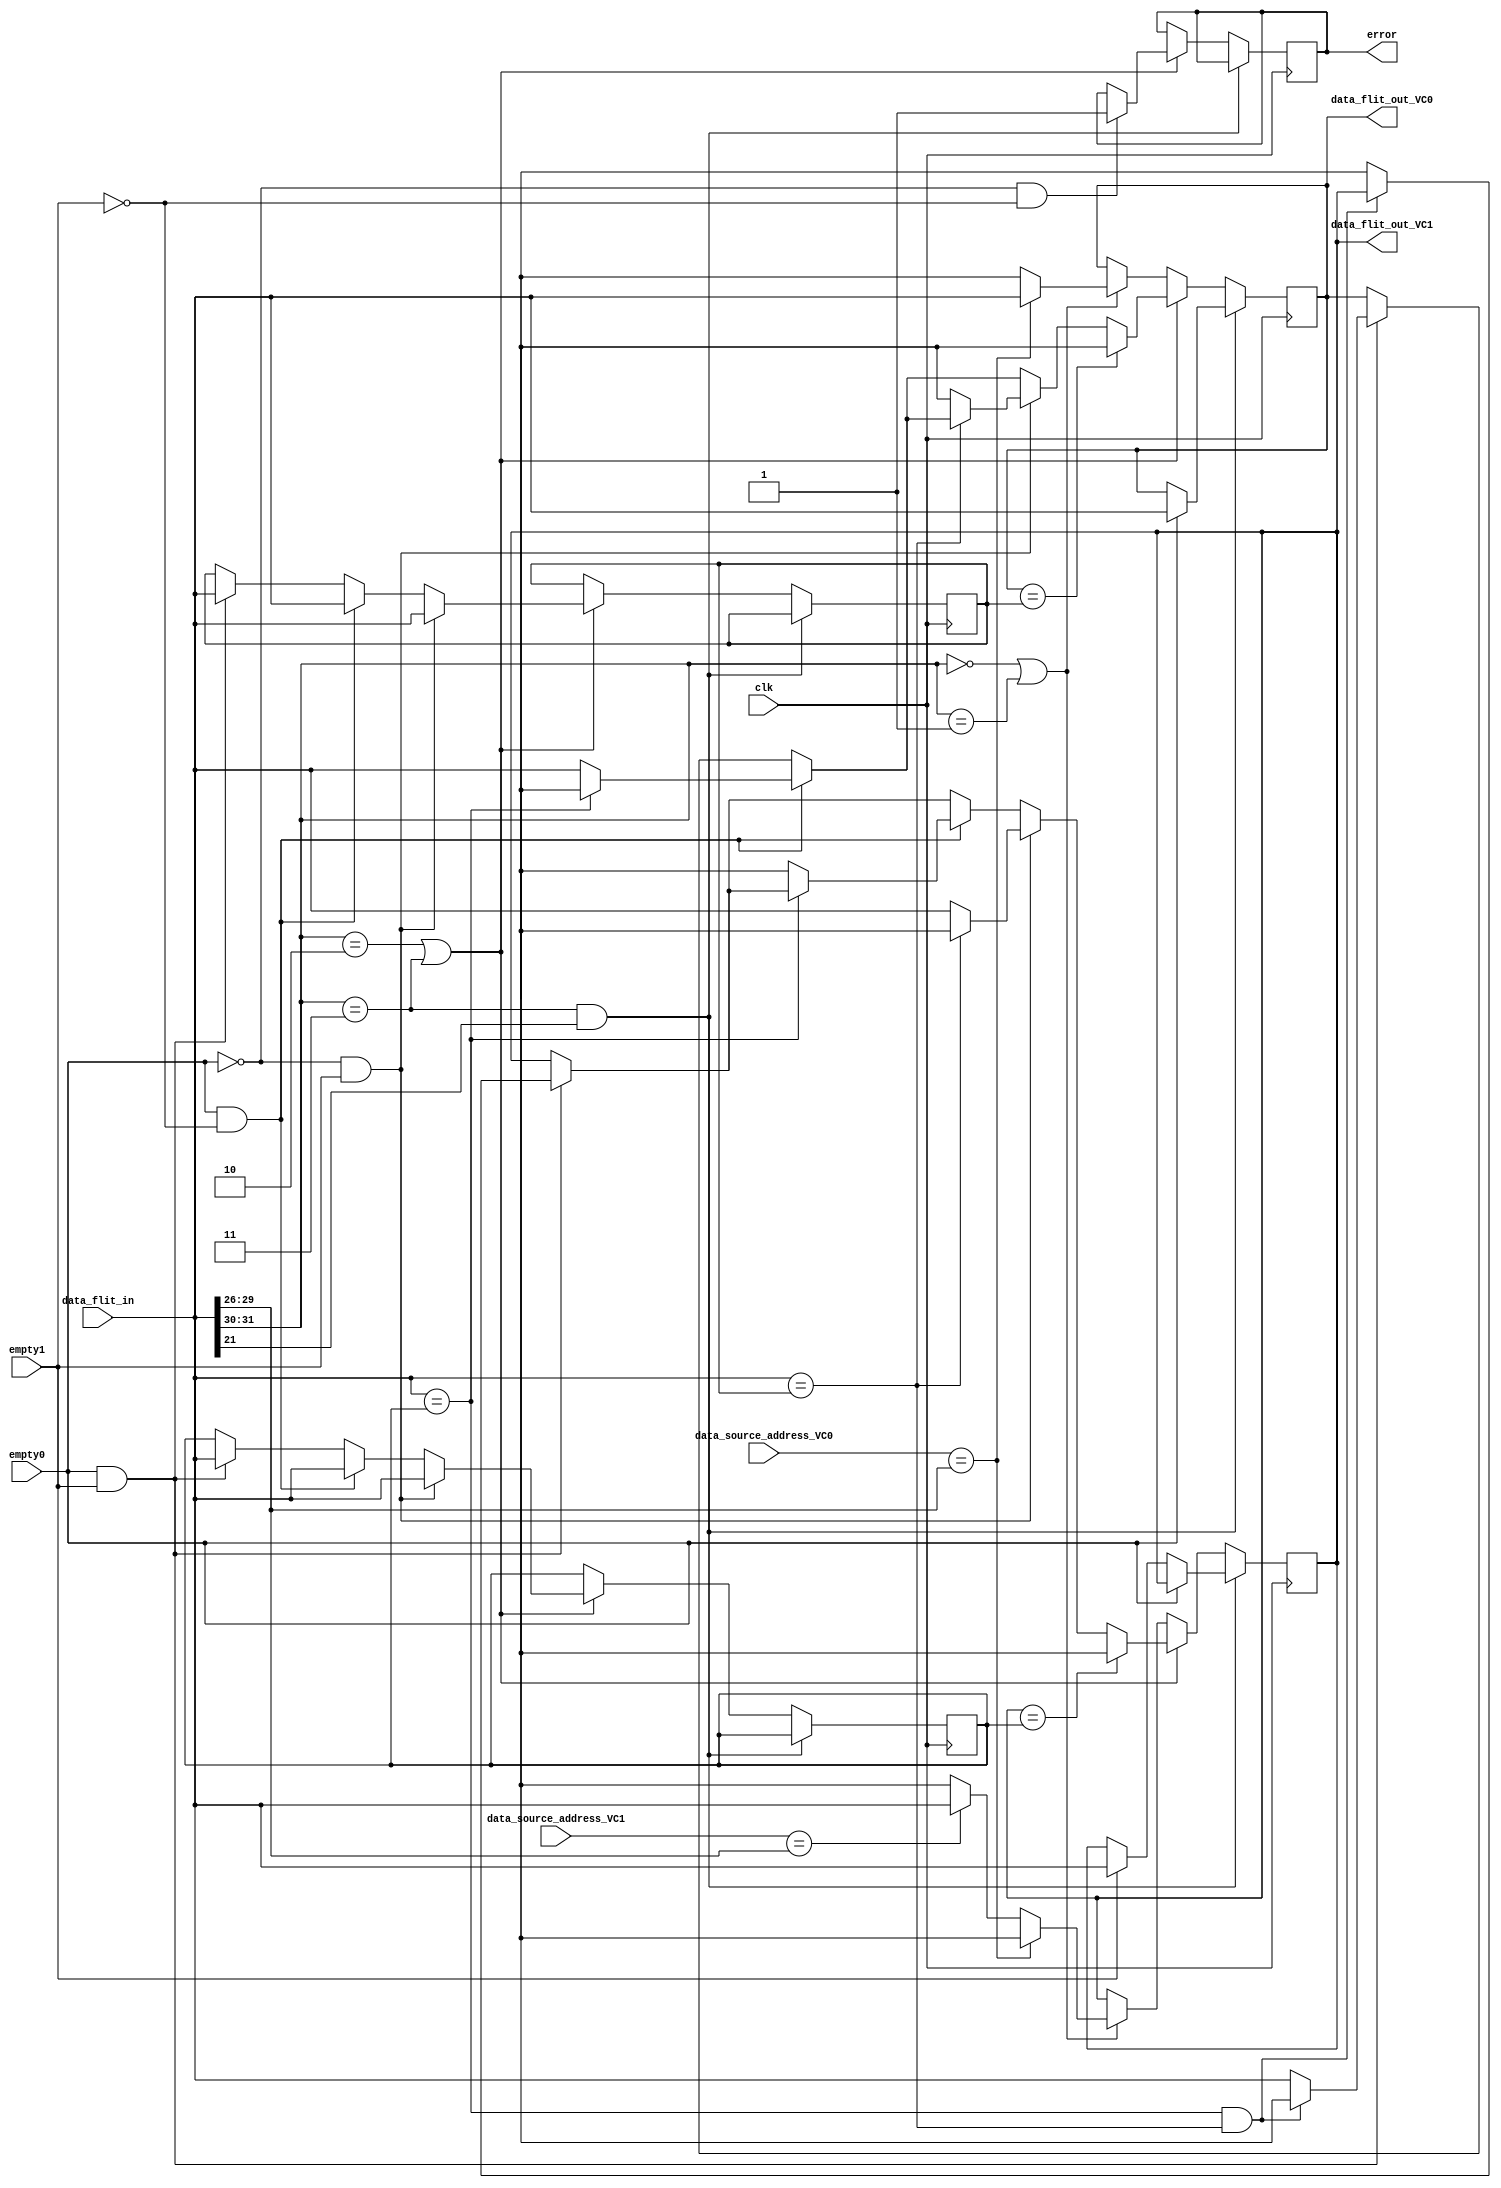
module VA_DoAn2 (data_flit_in,data_source_address_VC0,data_source_address_VC1,data_flit_out_VC0,data_flit_out_VC1,empty0,empty1,clk,error);
/////////Khai bao param bit 
///Type
//Header: 10 
//Body: 00
//Tail: 01
//Header+tail: 11
////////
parameter bit_of_flit = 32;
parameter bit_of_address = 4;
////////Input va Output
input [bit_of_flit - 1:0] data_flit_in;
input [bit_of_address - 1 :0] data_source_address_VC0,data_source_address_VC1;
input empty0,empty1,clk;
output reg [bit_of_flit - 1:0] data_flit_out_VC0, data_flit_out_VC1;
output reg error;
////Type
wire [1:0] typeFlit;
////Address of filt
wire[3:0] address_source;
assign address_source = data_flit_in[29:26];
assign typeFlit = data_flit_in[31:30];
/////////////
///Type
//Header: 10 
//Body: 00
//Tail: 01
//Header+tail: 11
////////////
reg [31:0] temp0;
reg [31:0] temp1;

///////////
always @(negedge clk) begin
//    if(data_flit_in != 32'b0) begin
      if(typeFlit == 2'b11 && data_flit_in[21] == 1'b1) begin
            if(empty0)
                data_flit_out_VC0 <= data_flit_in;
            else if(empty1)
                data_flit_out_VC1 <= data_flit_in;  
                  
      end
      else if (typeFlit == 2'b10 || typeFlit ==  2'b11)begin
	   // temp0<=data_flit_out_VC0;
		// temp1<=data_flit_out_VC1;
		//////////////////////////////////// 
		 if(empty0==1 && empty1==1) begin             
             if(data_flit_in==temp1 && data_flit_in==temp0) begin
                data_flit_out_VC0<=32'bx;
                 temp0<=data_flit_in;
                 temp1<=data_flit_in;
             end
		     else begin
		      data_flit_out_VC0<=data_flit_in;
			  temp0<=data_flit_in;
			  temp1<=data_flit_in;
			  data_flit_out_VC1<=32'bx;
		 end
		 end
		//////////////////////////////////
		 if(empty0==1 && empty1==0) begin
             if(data_flit_in==temp1)begin
                data_flit_out_VC0<=32'bx;
                 temp0<=data_flit_in;
                 temp1<=data_flit_in;
             end
             else begin
                  data_flit_out_VC0<=data_flit_in;
                  temp0<=data_flit_in;
                  temp1<=data_flit_in;
                  data_flit_out_VC1<=32'bx;
             end
          end
		 //////////////////////////////////// 
		 if(empty0==0 && empty1==1) begin
             if(data_flit_in==temp0)begin
                 data_flit_out_VC1<=32'bx;
                 temp0<=data_flit_in;
                 temp1<=data_flit_in;
             end
		 else begin
		         data_flit_out_VC1<=data_flit_in;
				 temp0<=data_flit_in;
			     temp1<=data_flit_in;
				data_flit_out_VC0<=32'bx;
		 end
		 end
		//////////////////////////////////
          if (empty0==0 && empty1==0)
		    error<=1;
	    /////////////////////////////////
		 if (data_flit_out_VC0==temp0)
		      data_flit_out_VC0<=32'bx;
		 if (data_flit_out_VC1==temp1)
		      data_flit_out_VC1<=32'bx;
	   //////////////////////////////////////
end
	  //////////////////////////////////
      else if (typeFlit ==2'b00 || typeFlit ==2'b01) begin

		  // temp0<=32'b0;
		   //temp1<=32'b0;
           if(data_source_address_VC0==address_source) begin
	              data_flit_out_VC0 <= data_flit_in;
				  data_flit_out_VC1 <= 32'bx;
	//			  error <= 1'b0;	      	  
	       end
           else if(data_source_address_VC1==address_source) begin
	              data_flit_out_VC1 <= data_flit_in;
				  data_flit_out_VC0 <= 32'bx;
	       end
	       else begin
	           data_flit_out_VC0 <= 32'bx;
			   data_flit_out_VC1 <= 32'bx;
	       end	       
	  end


end
 

endmodule